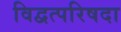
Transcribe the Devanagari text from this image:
विद्वत्परिषदा